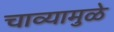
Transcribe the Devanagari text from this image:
चाव्यामुळे